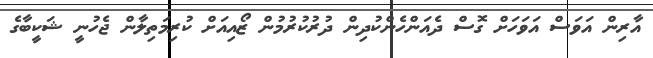
އާރިން އަވަސް އަވަހަށް ގޮސް ދެއަންހެންކުދިން ދުރުކުރުމުން ޒޯއިއަށް ކުރިމަތިލާން ޖެހުނީ ޝަކީބާގެ